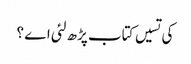
کی تسیں کتاب پڑھ لئی اے ؟